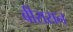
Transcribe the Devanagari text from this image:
बीरासन